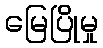
မြေပြိုမှု